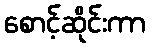
စောင့်ဆိုင်းကာ